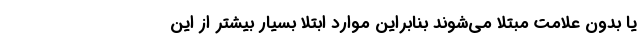
یا بدون علامت مبتلا می‌شوند بنابراین موارد ابتلا بسیار بیشتر از این